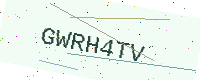
Text: GWRH4TV